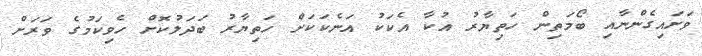
ވަށައިގެންނާއި ބޯމަތިން ހަތިޔާރު އުކާ އެކަކު އަނެކަކަށް ހަތިޔާރު ބަދަލުކޮށް ހެވިކަމުގެ ވަރަށް